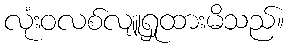
လုံးဝလစ်လျူရှုထားမိသည်။